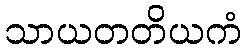
သာယတတိယကံ